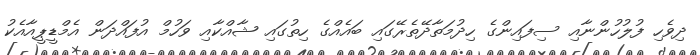
ދިވެހި ފުލުހުންނާއި ސިފައިންގެ ހިދުމަތާދޭތެރޭގައި ބައެއްގެ ހިތުގައި ޝާއްކާއި ވަހުމް އުފައްދަން އެމްޑީޕީއާއެކު